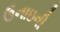
ઉનાઇની